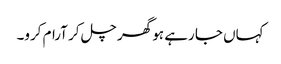
کہاں جا رہے ہو گھر چل کر آرام کرو۔